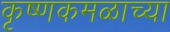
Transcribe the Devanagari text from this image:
कृष्णकमळाच्या